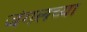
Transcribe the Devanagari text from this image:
जंगलच्या